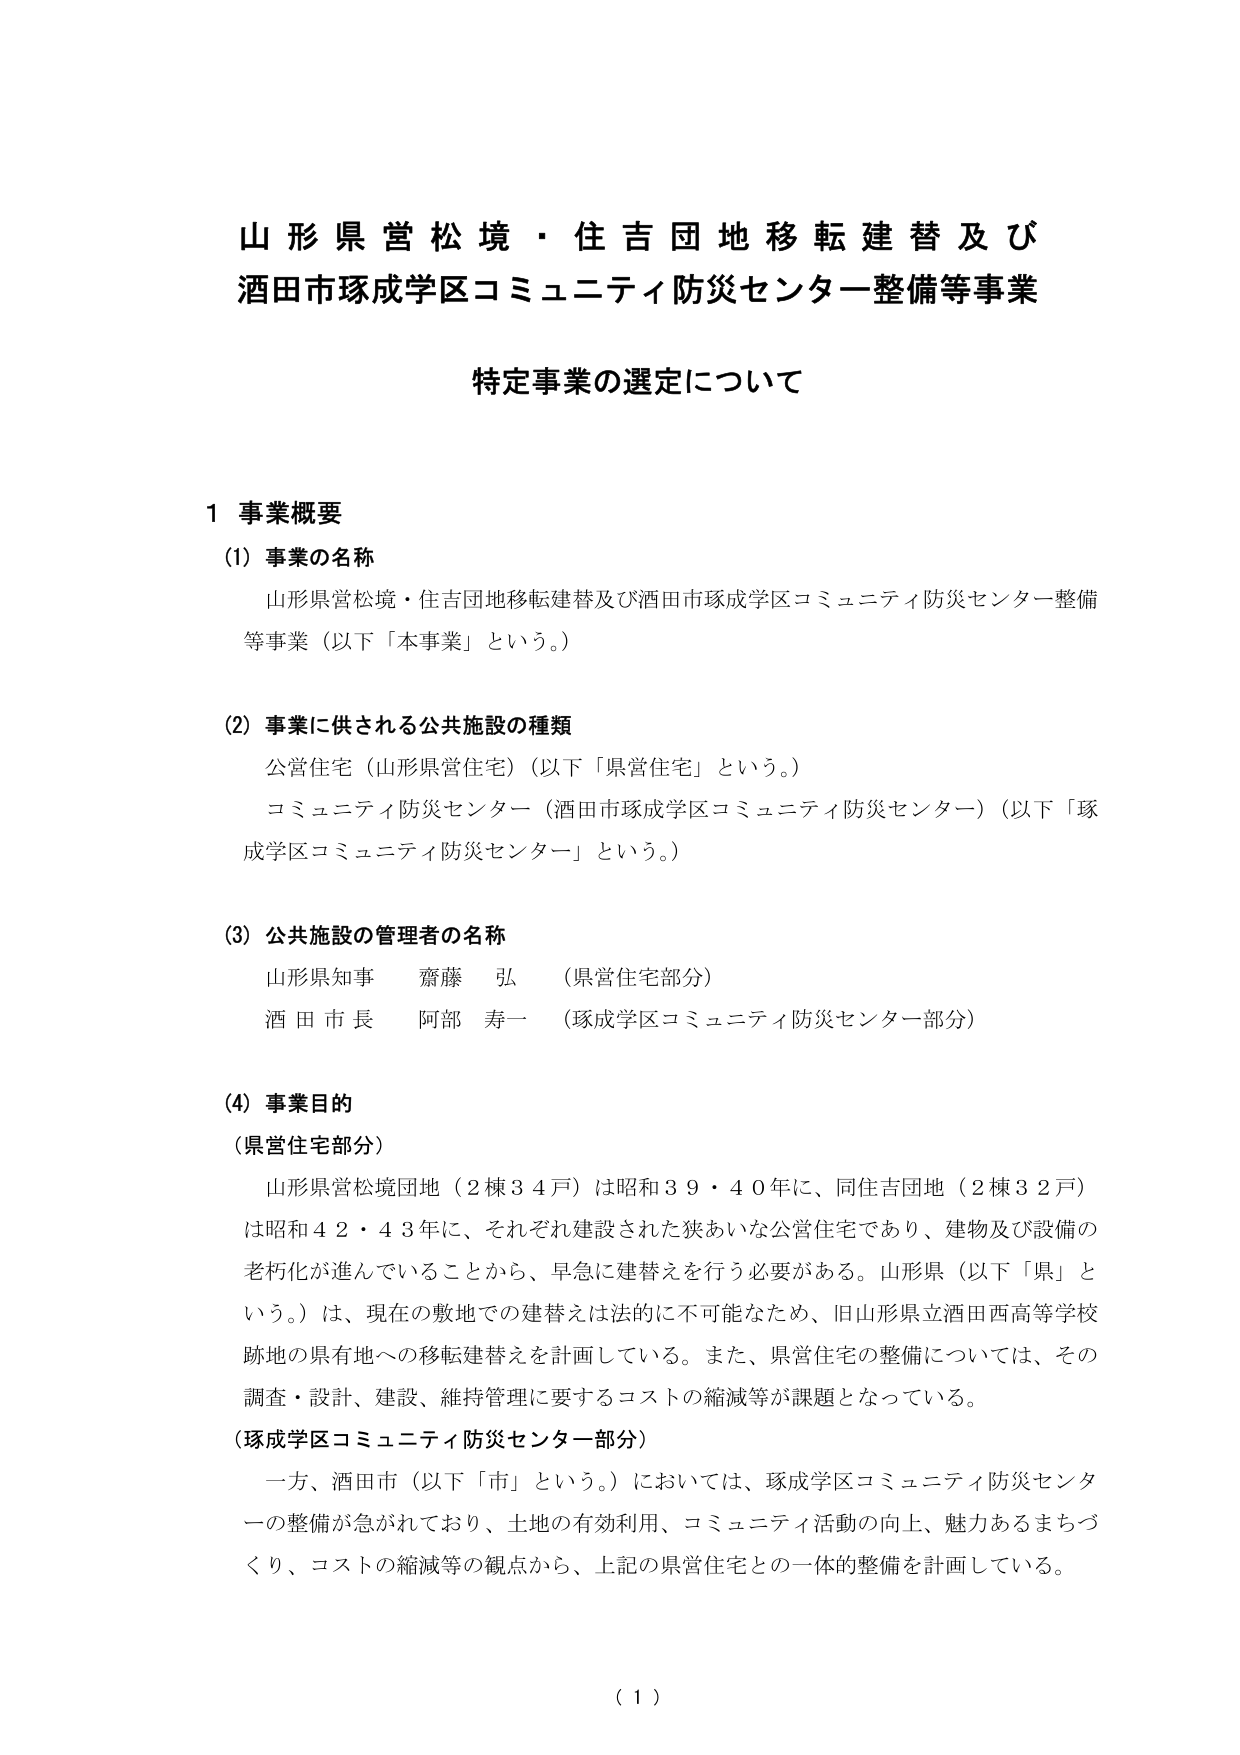
山形県営松境・住吉団地移転建替及び
酒田市琢成学区コミュニティ防災センター整備等事業

特定事業の選定について

1 事業概要
(1) 事業の名称
　山形県営松境・住吉団地移転建替及び酒田市琢成学区コミュニティ防災センター整備等事業（以下「本事業」という。）

(2) 事業に供される公共施設の種類
　公営住宅（山形県営住宅）（以下「県営住宅」という。）
　コミュニティ防災センター（酒田市琢成学区コミュニティ防災センター）（以下「琢成学区コミュニティ防災センター」という。）

(3) 公共施設の管理者の名称
　山形県知事　齋藤　弘　（県営住宅部分）
　酒田市長　阿部　寿一　（琢成学区コミュニティ防災センター部分）

(4) 事業目的
（県営住宅部分）
　山形県営松境団地（2棟34戸）は昭和39・40年に、同住吉団地（2棟32戸）は昭和42・43年に、それぞれ建設された狭あいな公営住宅であり、建物及び設備の老朽化が進んでいることから、早急に建替えを行う必要がある。山形県（以下「県」という。）は、現在の敷地での建替えは法的に不可能なため、旧山形県立酒田西高等学校跡地の具有地への移転建替えを計画している。また、県営住宅の整備については、その調査・設計、建設、維持管理に要するコストの縮減等が課題となっている。
（琢成学区コミュニティ防災センター部分）
　一方、酒田市（以下「市」という。）においては、琢成学区コミュニティ防災センターの整備が急がれており、土地の有効利用、コミュニティ活動の向上、魅力あるまちづくり、コストの縮減等の観点から、上記の県営住宅との一体的整備を計画している。

（１）